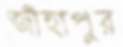
জাঁহাপুর